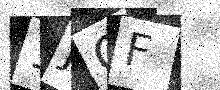
Text: 1JQF